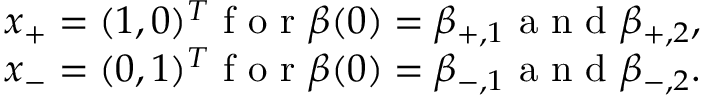
\begin{array} { r } { x _ { + } = ( 1 , 0 ) ^ { T } \mathrm { ~ f ~ o ~ r ~ } \beta ( 0 ) = \beta _ { + , 1 } \mathrm { ~ a ~ n ~ d ~ } \beta _ { + , 2 } , } \\ { x _ { - } = ( 0 , 1 ) ^ { T } \mathrm { ~ f ~ o ~ r ~ } \beta ( 0 ) = \beta _ { - , 1 } \mathrm { ~ a ~ n ~ d ~ } \beta _ { - , 2 } . } \end{array}